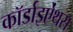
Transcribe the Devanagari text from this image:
कॉर्डाइऐंथस